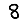
Digit: 8